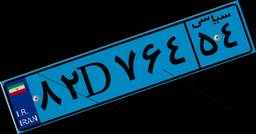
۸۲D۷۶۴۵۴